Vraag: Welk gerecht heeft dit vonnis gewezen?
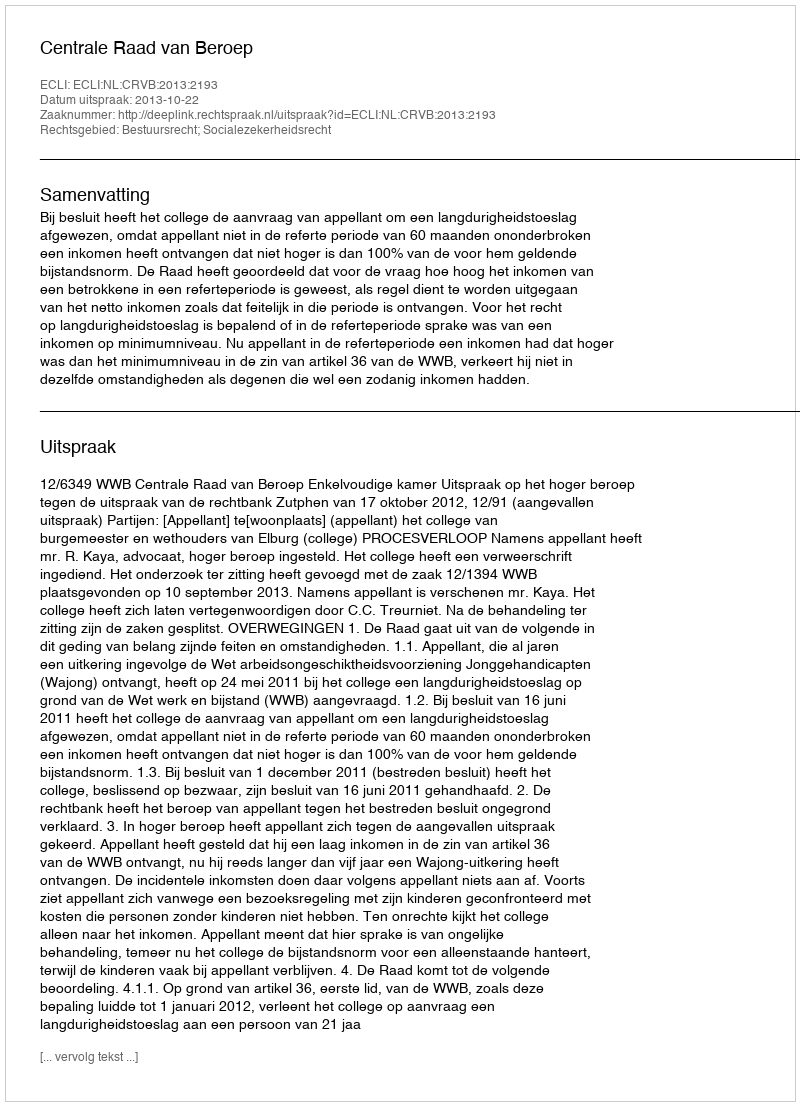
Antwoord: Centrale Raad van Beroep